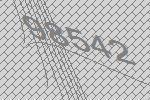
98542